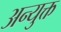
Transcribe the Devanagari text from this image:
अन्युक्त